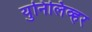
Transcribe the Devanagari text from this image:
युनिलिव्हर